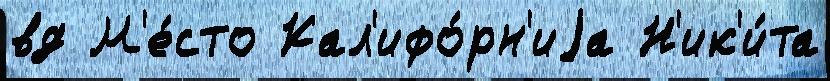
вд М'е́сто Кал'ифо́рн'иjа Н'ик'и́та